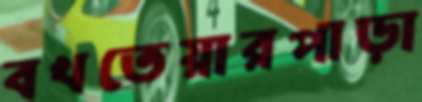
বখতেয়ারপাড়া